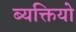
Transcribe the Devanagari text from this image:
ब्यक्तियो